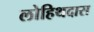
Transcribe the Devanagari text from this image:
लोहिथदास